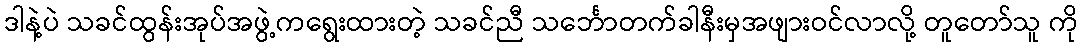
ဒါနဲ့ပဲ သခင်ထွန်းအုပ်အဖွဲ့ကရွေးထားတဲ့ သခင်ညီ သင်္ဘောတက်ခါနီးမှအဖျားဝင်လာလို့ တူတော်သူ ကို